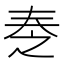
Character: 𡘕